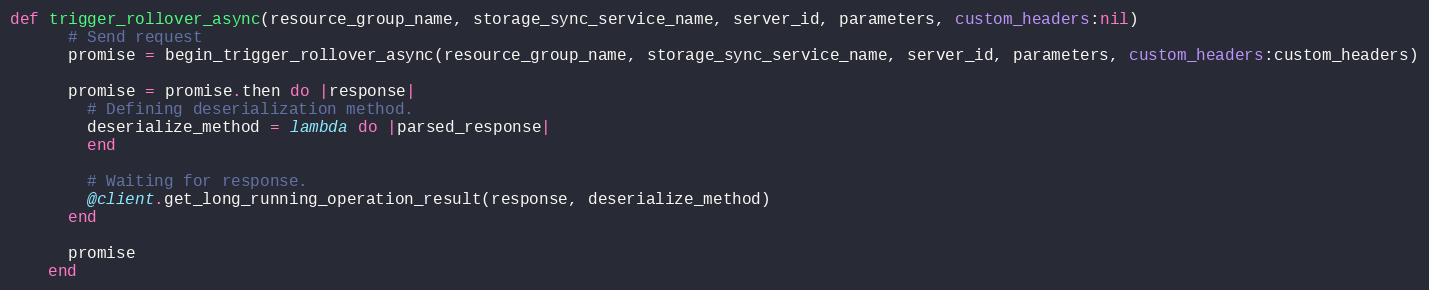
Language: Ruby
def trigger_rollover_async(resource_group_name, storage_sync_service_name, server_id, parameters, custom_headers:nil)
      # Send request
      promise = begin_trigger_rollover_async(resource_group_name, storage_sync_service_name, server_id, parameters, custom_headers:custom_headers)

      promise = promise.then do |response|
        # Defining deserialization method.
        deserialize_method = lambda do |parsed_response|
        end

        # Waiting for response.
        @client.get_long_running_operation_result(response, deserialize_method)
      end

      promise
    end